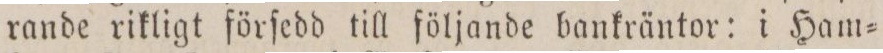
rande rikligt förſedd till följande bankräntor: i Ham=